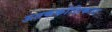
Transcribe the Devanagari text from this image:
ऊतककोशिकता